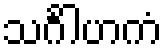
သင်္ဂါဟကံ